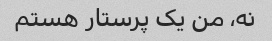
نه، من یک پرستار هستم